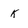
Character: k